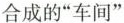
合成的”车间”